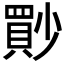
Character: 𡮳